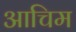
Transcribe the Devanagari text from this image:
आचिम